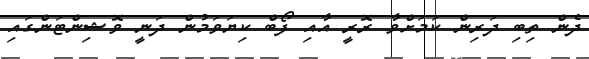
ދެން ތިބި ދަރިން ކަމަށްވާ ރޮރީ އާއި ފޯބް ކިޔަވަމުން ދަނީ ވޮޝިންޓަންގައި